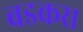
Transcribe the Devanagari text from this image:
बडकस